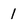
Character: 1